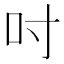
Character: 吋